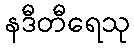
နဒီတီရေသု